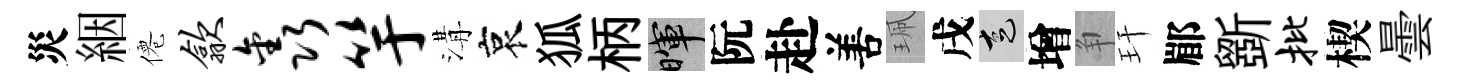
災絪僊歙鑫竽溝哀狐柄暉阮赴𠵊珮戌走增争玕郿斵批楔曇